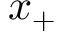
x _ { + }